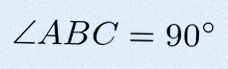
\angle ABC=90^\circ